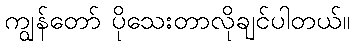
ကျွန်တော် ပိုသေးတာလိုချင်ပါတယ်။